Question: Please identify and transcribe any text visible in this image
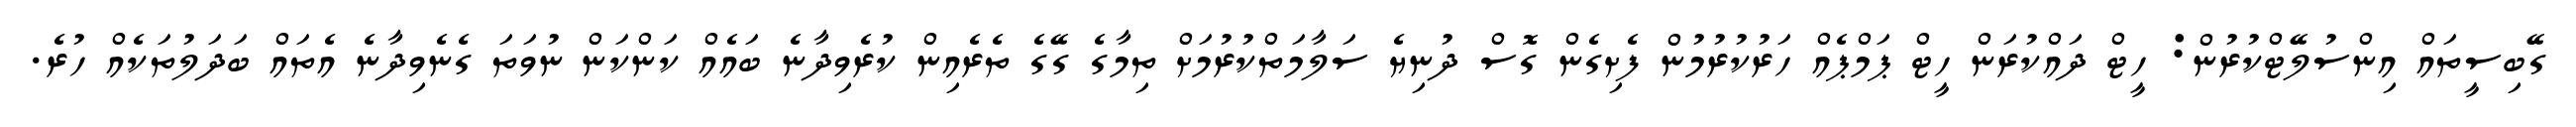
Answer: ގޭބިސީތައް އިންސުލޭޓްކުރުން: ހީޓް ދައްކުރަން ހީޓް ޕަމްޕެއް ހަރުކުރުމުން ފެށިގެން ގޮސް ދުނިޔެ ސަލާމަތްކުރުމަށް ތިމާގެ ގޭގެ ތެރެއިން ކުރެވިދާނެ ބައެއް ކަންކަން ނުވަތަ ގެނެވިދާނެ އެތައް ބަދަލުތަކެއް ހުރެ.